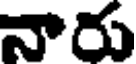
నారు